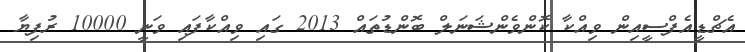
އެޗްޑީއެފްސީއިން ވިއްކާ ކޮންވެންޝަނަލް ބޮންޑުތައް 2013 ގައި ވިއްކާފައި ވަނީ 10000 ރުފިޔާ